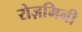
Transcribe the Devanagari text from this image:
रोज़मिनी